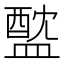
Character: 𥂘